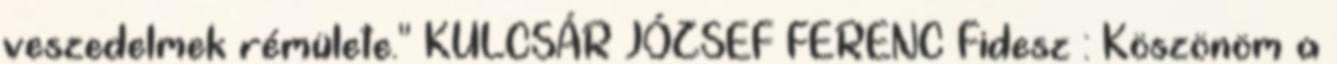
veszedelmek rémülete." KULCSÁR JÓZSEF FERENC Fidesz : Köszönöm a